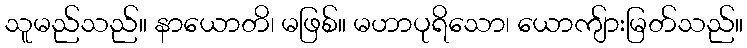
သူမည်သည်။ နာယောတိ၊ မဖြစ်။ မဟာပုရိသော၊ ယောကျ်ားမြတ်သည်။